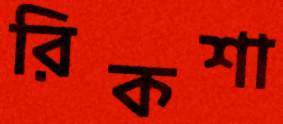
রিকশা